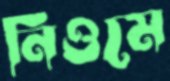
নিওমে